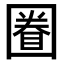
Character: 𡈕